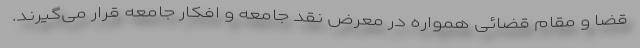
قضا و مقام قضائی همواره در معرض نقد جامعه و افکار جامعه قرار می‌گیرند.